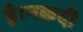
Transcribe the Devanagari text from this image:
है।नकदी